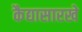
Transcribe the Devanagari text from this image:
कैद्यासारखे